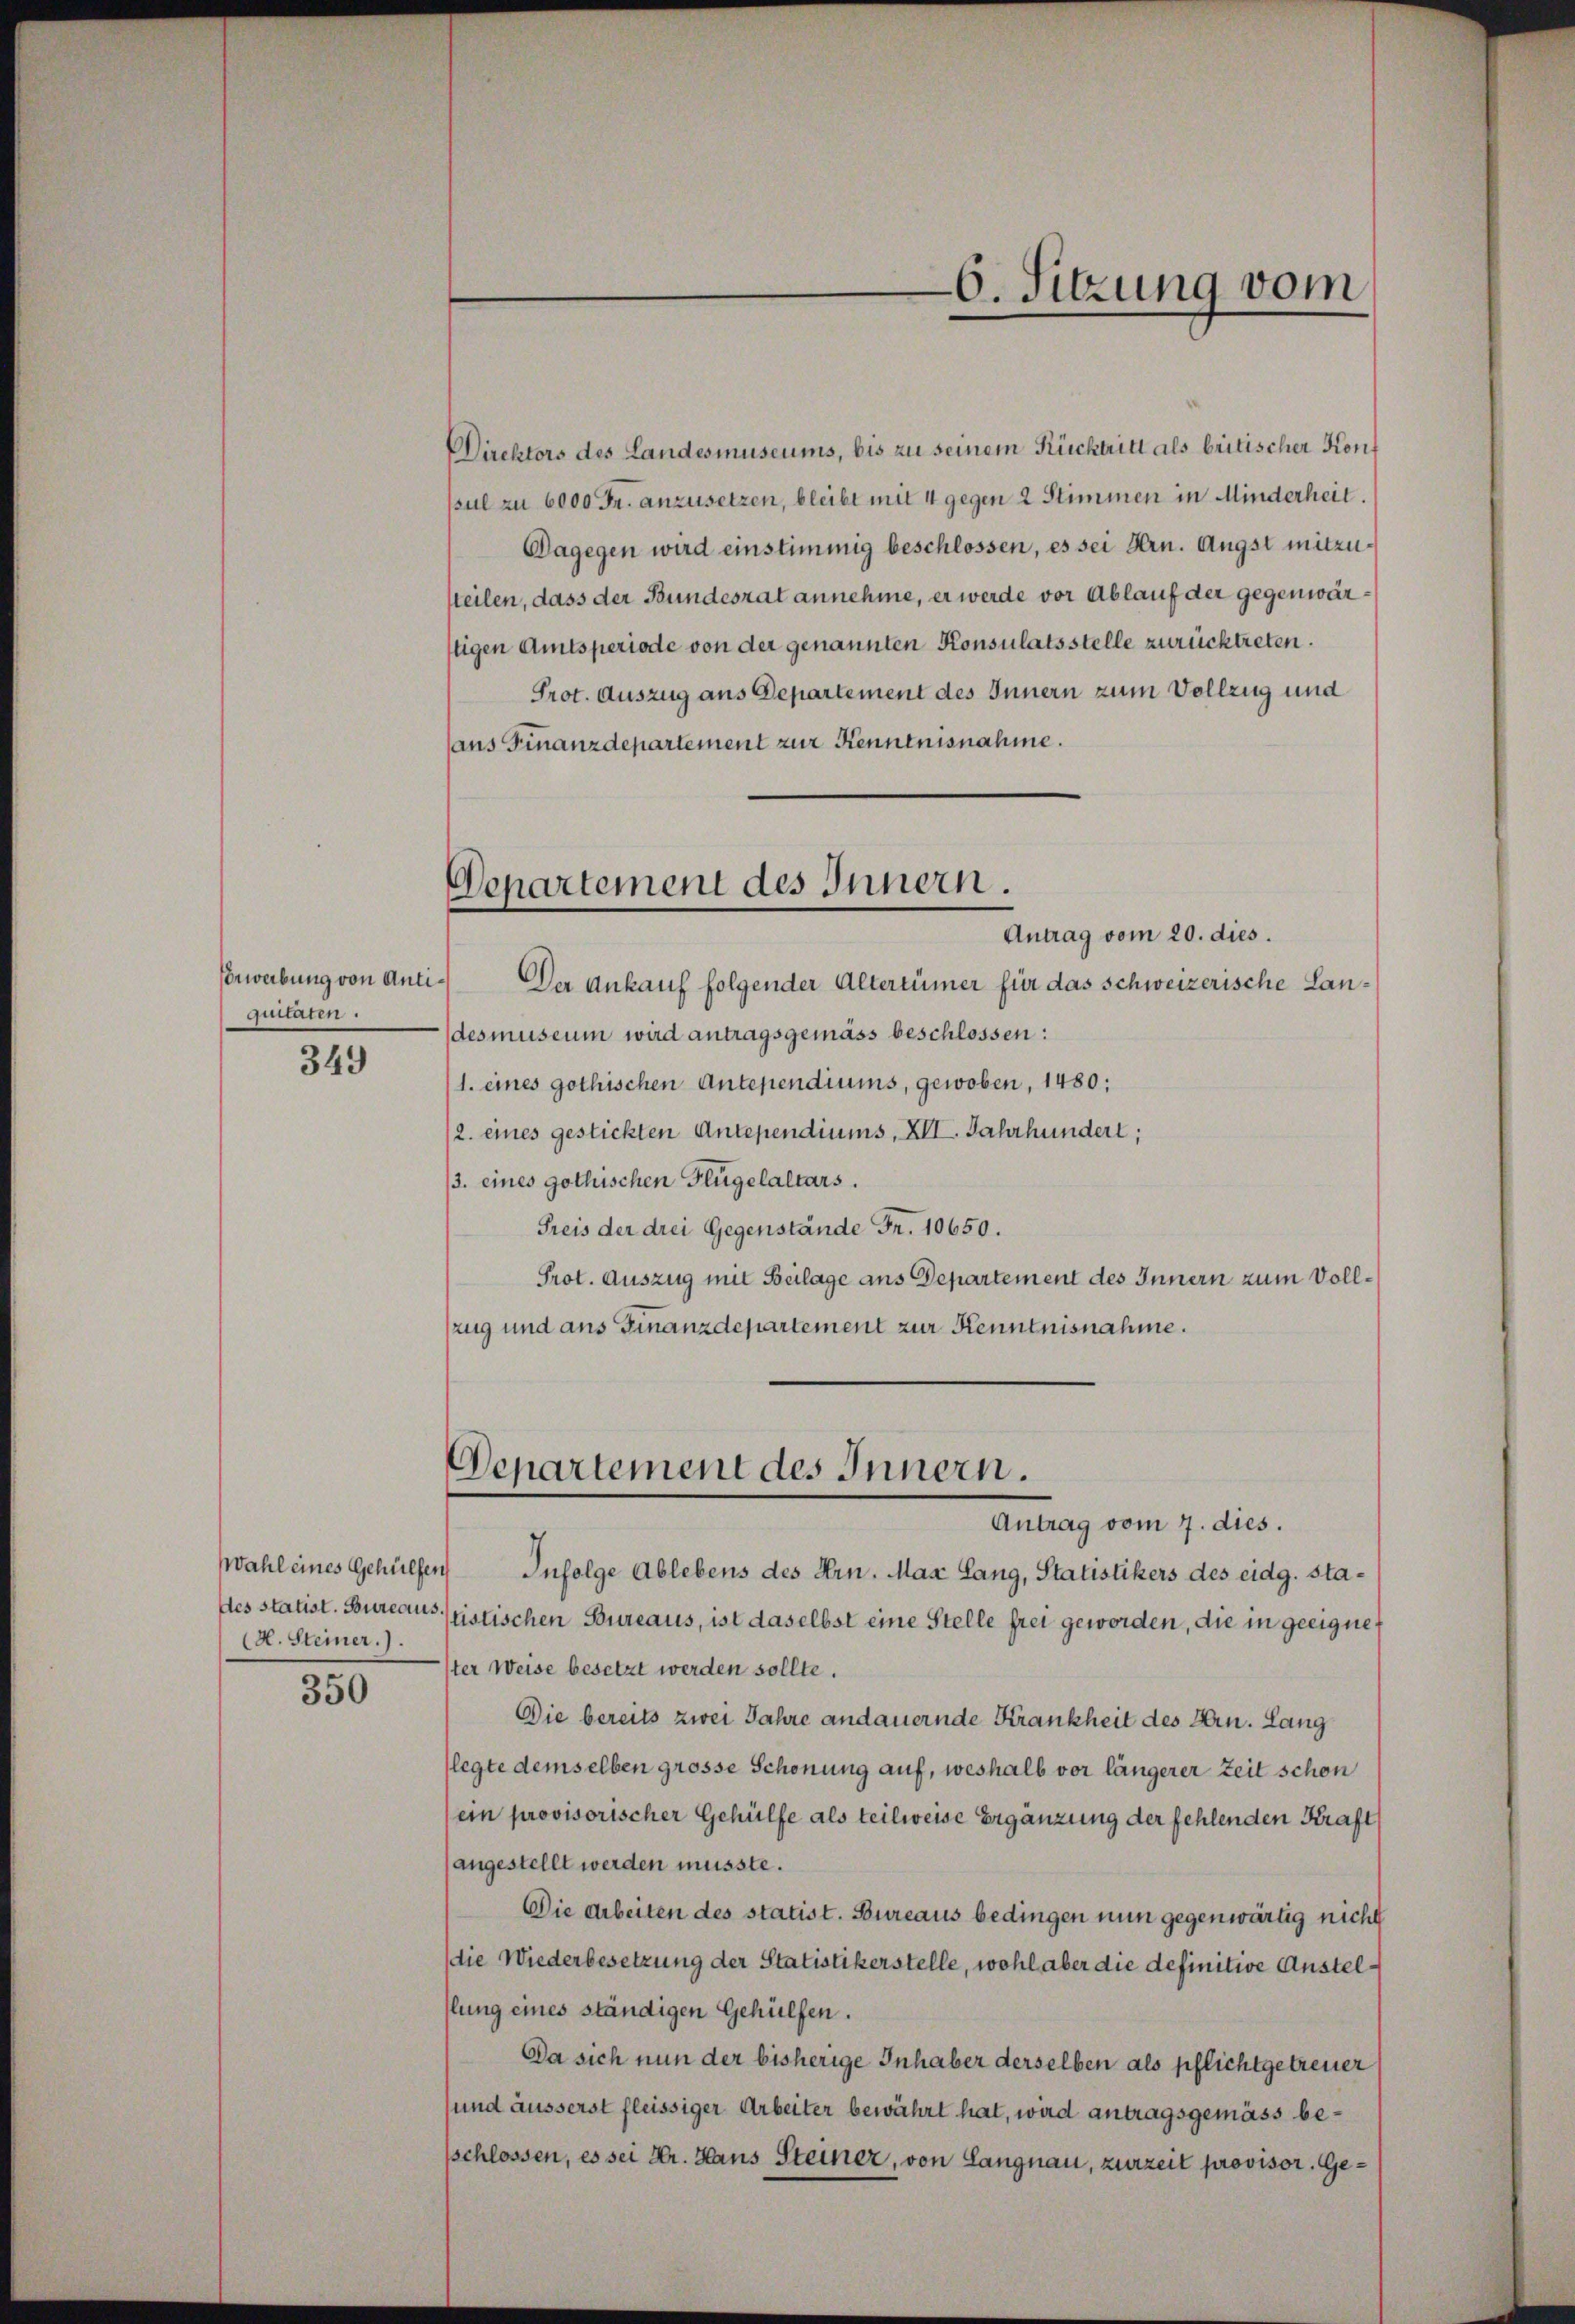
Erwerbung von Antiquitaten.

349

Wahl eines Gehülfen
des statist. Bureaus.
(H. Steiner.)

350

Direktors des Landesmuseums, bis zu seinem Rücktritt als britischer Konpsul zu 6000 Fr. anzusetzen, bleibt mit 4 gegen 2 Stimmen in Minderheit.
Dagegen wird einstimmig beschlossen, es sei Hrn. Angst mitzusteilen, dass der Bundesrat annehme, er werde vor Ablauf der gegenwärtigen Amtsperiode von der genannten Konsulatsstelle zurücktreten.
Prot. Auszug aus Departement des Innern zum Vollzug und
aus Finanzdepartement zur Kenntnisnahme.

6. Sitzung vom

Departement des Innern.
Antrag vom 20. dies.

Der Ankauf folgender Altertümer für das schweizerische Landesmuseum wird antragsgemäss beschlossen:
1. eines gothischen Antependiums, gewoben, 1480:
/2. eines gestickten Antependiums, XII. Jahrhundert;
3. eines gothischen Flügelaltars.
Freis der drei Gegenstände Fr. 10650.
Prot. Auszug mit Beilage aus Departement des Innern zum Vollzug und ans Finanzdepartement zur Kenntnisnahme.

Departement des Innern.
Antrag vom 7. dies.

Infolge Ablebens des Hrn. Max Lang, Statistikers des eidg. statistischen Bureaus, ist daselbst eine Stelle frei geworden, die in geeignester Weise besetzt werden sollte.
Die bereits zwei Jahre andauernde Krankheit des Hrn. Lang
(legte demselben grosse Schonung auf, weshalb vor längerer Zeit schon
(ein provisorischer Gehülfe als teilweise Ergänzung der fehlenden Kraft
(angestellt werden müsste.
Die Arbeiten des statist. Bureaus bedingen nun gegenwärtig nicht
die Wiederbesetzung der Statistikerstelle, wohl aber die definitive Anstellung eines ständigen Gehülfen.
Da sich nun der bisherige Inhaber derselben als pflicht getreuer
und äusserst fleissiger Arbeiter bewährt hat, wird antragsgemäss beschlossen, es sei Hr. Haus Steiner, von Langnau, zurzeit provisor. Ge¬